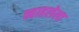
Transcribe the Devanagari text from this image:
न्हाहलेला